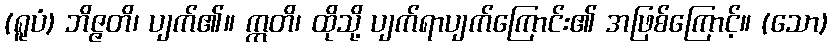
(ရူပံ) ဘိဇ္ဇတိ၊ ပျက်၏။ ဣတိ၊ ထိုသို့ ပျက်ရာပျက်ကြောင်း၏ အဖြစ်ကြောင့်။ (သော)